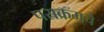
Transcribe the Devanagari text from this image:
पराक्रमचे